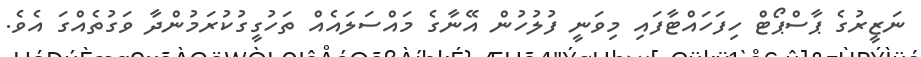
ނަޒީރުގެ ޕާސްޕޯޓް ހިފަހައްޓާފައި މިވަނީ ފުލުހުން އޭނާގެ މައްސަލައެއް ތަހުގީގުކުރަމުންދާ ވަގުތެއްގަ އެވެ.